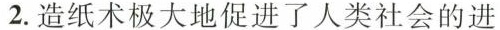
2.造纸术极大地促进了人类社会的进